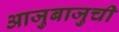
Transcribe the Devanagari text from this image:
आजुबाजुची